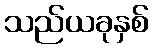
သည်ယခုနှစ်